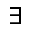
\exists